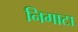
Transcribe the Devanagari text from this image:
निगाटा